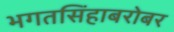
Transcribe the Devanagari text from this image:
भगतसिंहाबरोबर